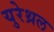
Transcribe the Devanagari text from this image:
युरेथ्रल